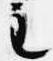
主